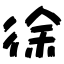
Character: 徐